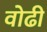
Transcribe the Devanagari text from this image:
वोढी